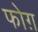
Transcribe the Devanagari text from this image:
फोग़